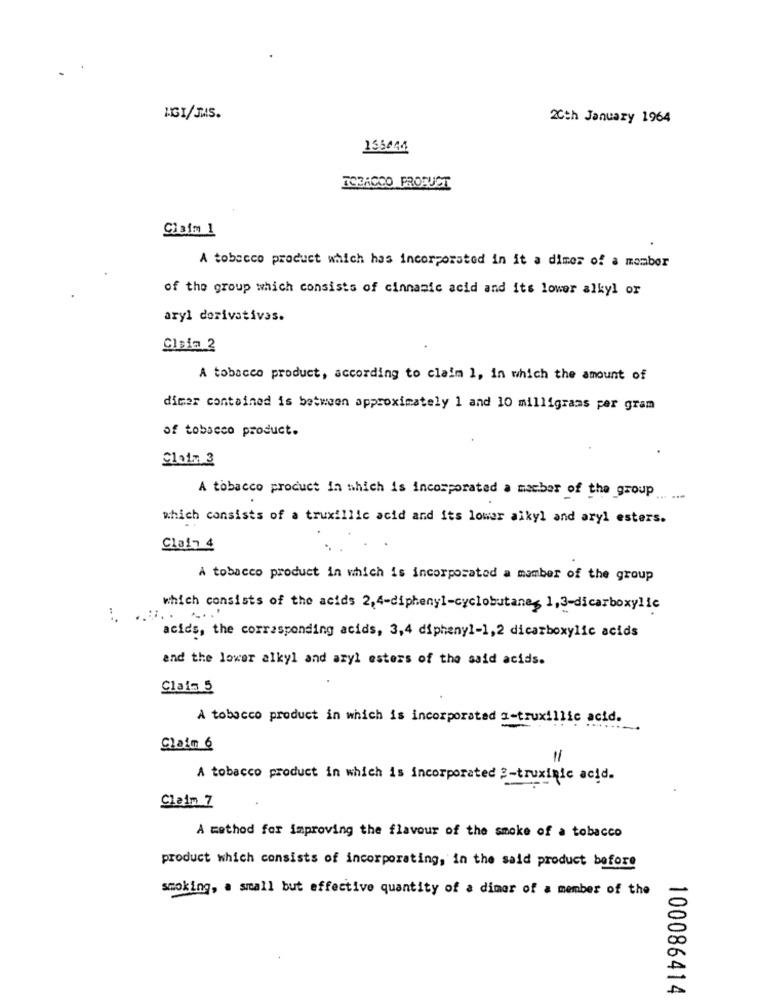
AGI/JMS.
2Cch January 1964
135644
TOBACCO PRODUCT
Claim 1
A tobacco product which has incorporated in it a dimes of a member
of the group which consists of cinnamic acid and its lower alkyl or
aryl derivatives.
Claim 2
A tobacco product, according to claim 1, in which the amount of
dimer contained is between approximately 1 and 10 milligrams per gram
of tobacco product.
A tobacco product in which is incorporated a member of the group
... ...
which consists of a truxillic acid and its lower alkyl and aryl esters.
Clain 4
A tobacco product in which is incorporated a member of the group
which consists of the acids 2,4-diphenyl-cyclobutane, 1,3-dicarboxylic
:
acids, the corresponding acids, 3,4 diphenyl-1,2 dicarboxylic acids
and the lower alkyl and azyl esters of the said acids.
Claim 5
A tobacco product in which is incorporated a-truxillic acid.
Claim 6
11
A tobacco product in which is incorporated 2-truxinic acid.
Claim 7
A method for improving the flavour of the smoke of a tobacco
product which consists of incorporating, in the said product before
smoking, a small but effective quantity of a dimer of a member of the
100086414